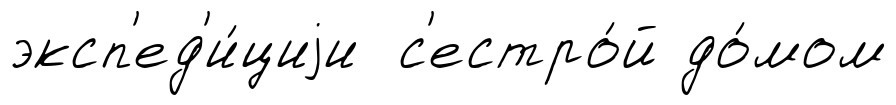
эксп'ед'и́циjи с'естро́й до́мом